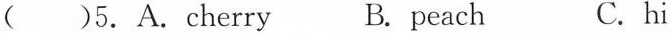
( )5.A.cherry B. peach C.hi